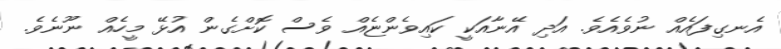
އެނގިފައެއް ނުވެއެވެ. އަދި އޭނާއަކީ ކައިވެންޏެއް ވެސް ކޮށްގެން އުޅޭ މީހެއް ނޫނެވެ.